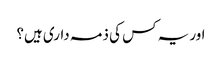
اور یہ کس کی ذمہ داری ہیں؟